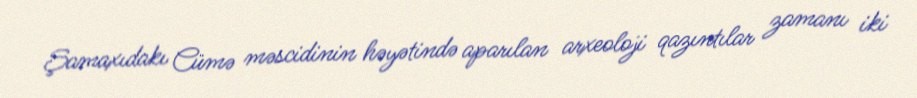
Şamaxıdakı Cümə məscidinin həyətində aparılan arxeoloji qazıntılar zamanı iki